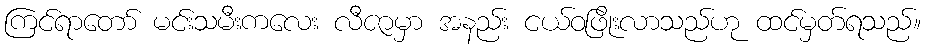
ကြင်ရာတော် မင်းသမီးကလေး လီဇာမှာ အနည်း ငယ်ဝဖြိုးလာသည်ဟု ထင်မှတ်ရသည်။